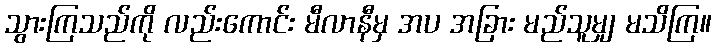
သွားကြသည်ကို လည်းကောင်း မီလာနီမှ အပ အခြား မည်သူမျှ မသိကြ။